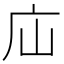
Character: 𢇢